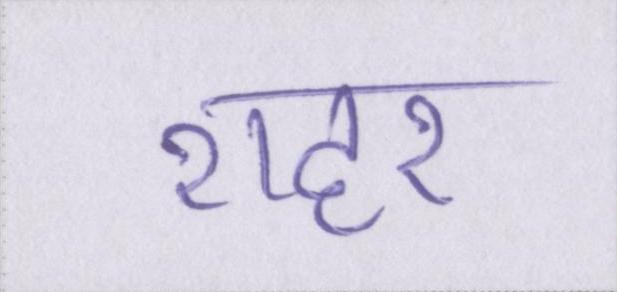
शहर